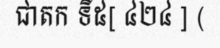
ជាតក ទី៥[ ៤២៤ ] (